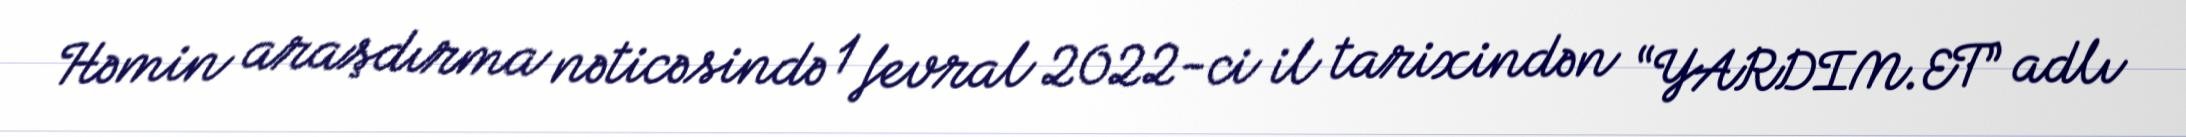
Həmin araşdırma nəticəsində 1 fevral 2022-ci il tarixindən “YARDIM.ET” adlı